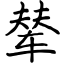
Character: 辇